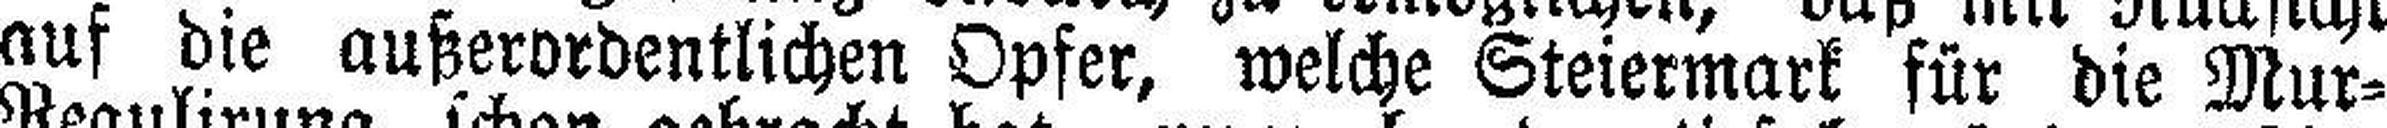
auf die außerordentlichen Opfer, welche Steiermark für die Mur¬